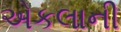
એકલાની